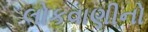
લોકવાણીનો